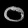
Digit: ၀